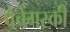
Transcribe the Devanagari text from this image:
पेचेंगस्की